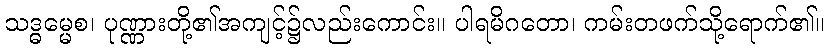
သဒ္ဓမ္မေစ၊ ပုဏ္ဏားတို့၏အကျင့်၌လည်းကောင်း။ ပါရမိဂတော၊ ကမ်းတဖက်သို့ရောက်၏။